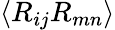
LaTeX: \langle R_{ij}R_{mn}\rangle